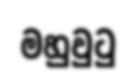
මහුවුටු